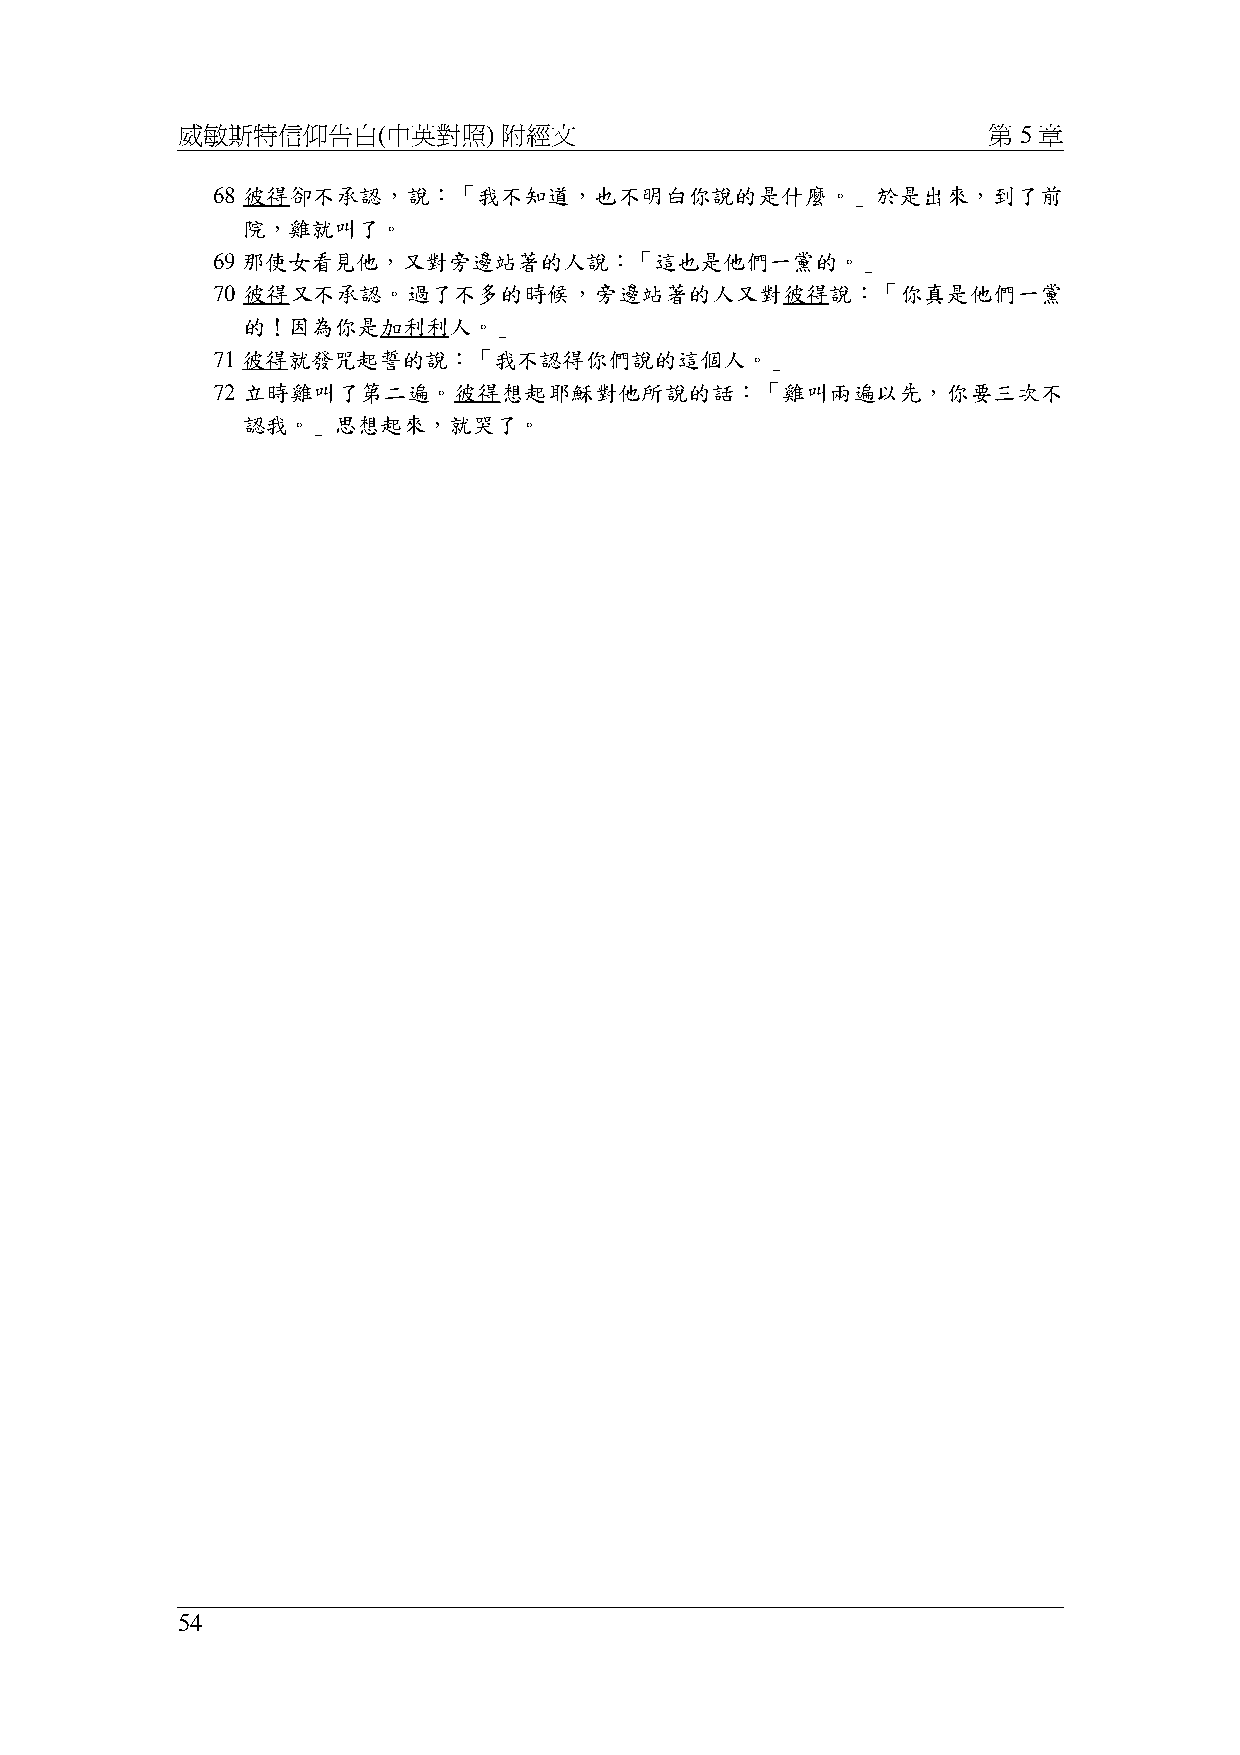
威敏斯特信仰告白(中英對照)       附經文                             第 5 章
 68 彼得卻不承認，說：「我不知道，也不明白你說的是什麼。」於是出來，到了前
 院，雞就叫了。
 69 那使女看見他，又對旁邊站著的人說：「這也是他們一黨的。」
 70 彼得又不承認。過了不多的時候，旁邊站著的人又對彼得說：「你真是他們一黨
 的！因為你是加利利人。」
 71 彼得就發咒起誓的說：「我不認得你們說的這個人。」
 72 立時雞叫了第二遍。彼得想起耶穌對他所說的話：「雞叫兩遍以先，你要三次不
 認我。」思想起來，就哭了。
 54